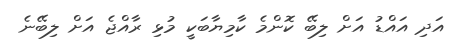
އަދި އައްޑު އަށް ލިބޭ ކޮންމެ ކާމިޔާބަކީ މުޅި ރާއްޖެ އަށް ލިބޭނެ